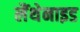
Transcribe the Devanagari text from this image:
लैंथेनाइड